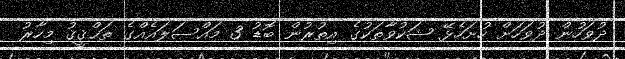
ދުވަހުން ދުވަހަށް ހުށަހެޅޭ ޝަކުވާތަކުގެ އިތުރުން ބޮޑު 3 މައްސަލައެއްގެ ތަޙްޤީޤު މިހާރު